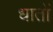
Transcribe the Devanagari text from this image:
धातों